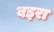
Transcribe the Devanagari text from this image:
बइरा